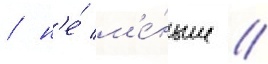
/ н'е́ м'е́ньше //